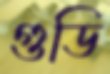
গুডি